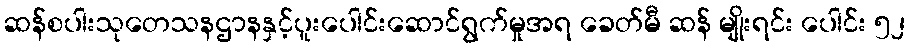
ဆန်စပါးသုတေသနဌာနနှင့်ပူးပေါင်းဆောင်ရွက်မှုအရ ခေတ်မီ ဆန် မျိုးရင်း ပေါင်း ၅၂